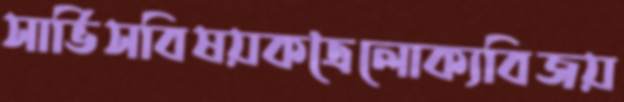
সার্ভিসবিষয়কত্রৈলোক্যবিজয়